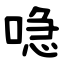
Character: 喼